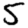
Digit: 5